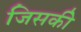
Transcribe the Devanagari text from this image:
जिसकीे